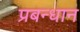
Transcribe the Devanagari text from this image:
प्रबन्धान